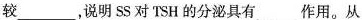
较___，说明SS对”TSH的分泌具有___作用。从